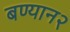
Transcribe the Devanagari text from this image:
बण्यान२